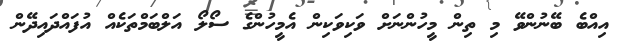
އިއްބެ ބޭނުންވޭ މި ތިން މީހުންނަށް ވަކިވަކިން އެމީހުންގެ ސޯލޯ އަލްބަމްތަކެއް އުފައްދައިދޭން